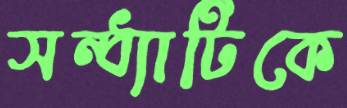
সন্ধ্যাটিকে